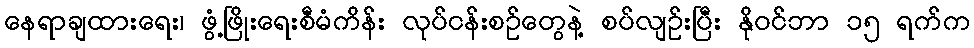
နေရာချထားရေး၊ ဖွံ့ဖြိုးရေးစီမံကိန်း လုပ်ငန်းစဉ်တွေနဲ့ စပ်လျဉ်းပြီး နိုဝင်ဘာ ၁၅ ရက်က